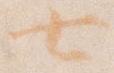
七